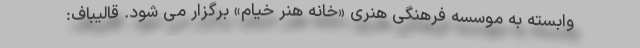
وابسته به موسسه فرهنگی هنری «خانه هنر خیام» برگزار می شود. قالیباف: